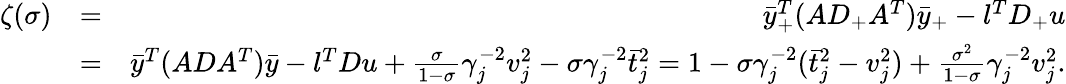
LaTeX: \begin{array}{rlr}{\zeta(\sigma)}&{=}&{\bar{y}_{+}^{T}(AD_{+}A^{T})\bar{y}_{+}-l^{T}D_{+}u}\\ &{=}&{\bar{y}^{T}(ADA^{T})\bar{y}-l^{T}Du+\frac{\sigma}{1-\sigma}\gamma_{j}^{-2}v_{j}^{2}-\sigma\gamma_{j}^{-2}\bar{t}_{j}^{2}=1-\sigma\gamma_{j}^{-2}(\bar{t}_{j}^{2}-v_{j}^{2})+\frac{\sigma^{2}}{1-\sigma}\gamma_{j}^{-2}v_{j}^{2}.}\end{array}